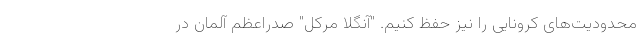
محدودیت‌های کرونایی را نیز حفظ کنیم. "آنگلا مرکل" صدراعظم آلمان در